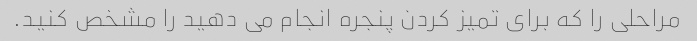
مراحلی را که برای تمیز کردن پنجره انجام می دهید را مشخص کنید.